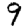
Digit: 9